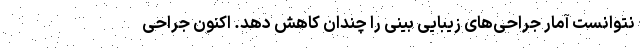
نتوانست آمار جراحی‌های زیبایی بینی را چندان کاهش دهد. اکنون جراحی